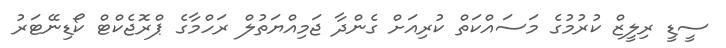
ސީޑީ ރިލީޒް ކުރުމުގެ މަސައްކަތް ކުރިއަށް ގެންދާ ޖަމިއްޔަތުލް ރަހްމާގެ ޕްރޮޖެކްޓް ކޯޑިނޭޓަރު